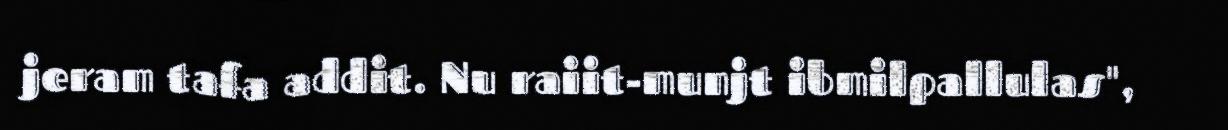
jeram tafa addit. Nu raiit-munjt ibmilpallulas",